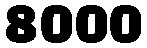
8000